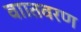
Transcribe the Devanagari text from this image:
वाातवरण